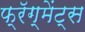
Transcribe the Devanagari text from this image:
फ्रॅग्मेंट्स